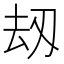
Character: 刼